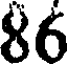
86